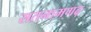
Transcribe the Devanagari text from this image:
सतनामगढ़